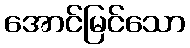
အောင်မြင်သော